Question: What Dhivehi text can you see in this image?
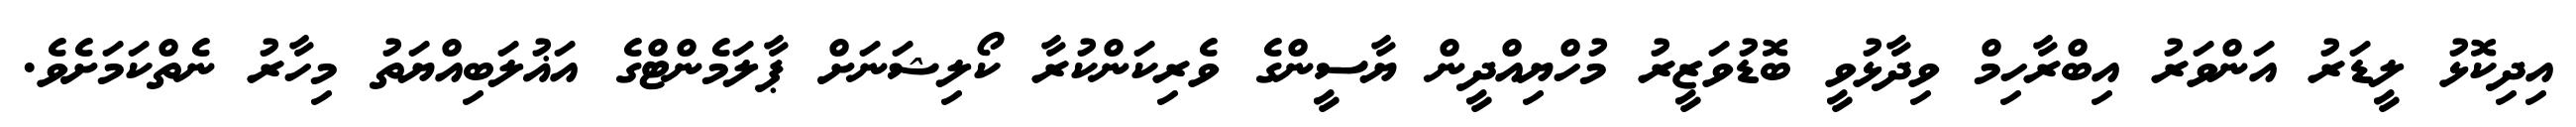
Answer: އިދިކޮޅު ލީޑަރު އަންވަރު އިބްރާހިމް ވިދާޅުވީ ބޮޑުވަޒީރު މުހްޔިއްދީން ޔާސީންގެ ވެރިކަންކުރާ ކޯލިޝަނަށް ޕާލަމެންޓްގެ އަޣުލަބިއްޔަތު މިހާރު ނެތްކަމަށެވެ.